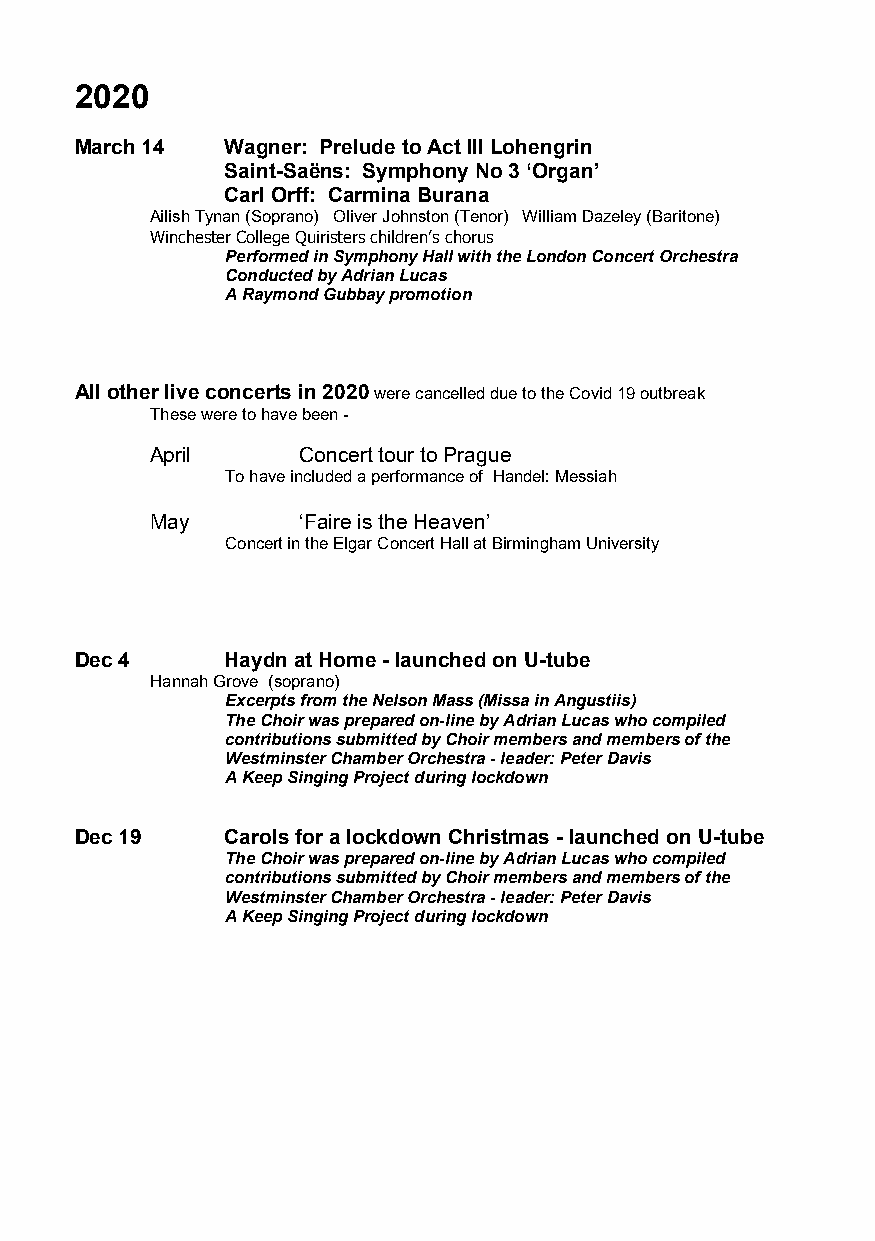
2020
 March 14  Wagner: Prelude to Act III Lohengrin
 Saint-Saëns: Symphony No 3 ‘Organ’
 Carl Orff: Carmina Burana
 Ailish Tynan (Soprano) Oliver Johnston (Tenor) William Dazeley (Baritone)
 Winchester College Quiristers children’s chorus
 Performed in Symphony Hall with the London Concert Orchestra
 Conducted by Adrian Lucas
 A Raymond Gubbay promotion
 All other live concerts in 2020 were cancelled due to the Covid 19 outbreak
 These were to have been -
 April     Concert tour to Prague
 To have included a performance of Handel: Messiah
 May       ‘Faire is the Heaven’
 Concert in the Elgar Concert Hall at Birmingham University
 Dec 4     Haydn at Home - launched on U-tube
 Hannah Grove (soprano)
 Excerpts from the Nelson Mass (Missa in Angustiis)
 The Choir was prepared on-line by Adrian Lucas who compiled
 contributions submitted by Choir members and members of the
 Westminster Chamber Orchestra - leader: Peter Davis
 A Keep Singing Project during lockdown
 Dec 19    Carols for a lockdown Christmas - launched on U-tube
 The Choir was prepared on-line by Adrian Lucas who compiled
 contributions submitted by Choir members and members of the
 Westminster Chamber Orchestra - leader: Peter Davis
 A Keep Singing Project during lockdown